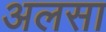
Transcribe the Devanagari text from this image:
अलसा